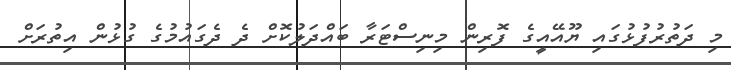
މި ދަތުރުފުޅުގައި ޔޫއޭއީގެ ފޮރިން މިނިސްޓަރާ ބައްދަލުކޮށް ދެ ދެގައުމުގެ ގުޅުން އިތުރަށް